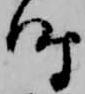
時